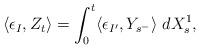
LaTeX: \begin{align*}\langle \epsilon_I,Z_t\rangle = \int_0^t\langle \epsilon_{I'}, Y_{s^-}\rangle \ d{X}^1_s,\end{align*}